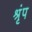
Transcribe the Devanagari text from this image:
श्रृंप